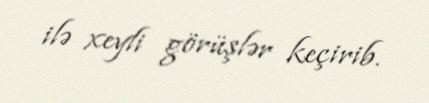
ilə xeyli görüşlər keçirib.